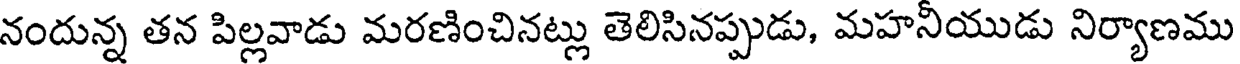
నందున్న తన పిల్లవాడు మరణించినట్లు తెలిసినప్పుడు, మహనీయుడు నిర్యాణము